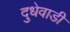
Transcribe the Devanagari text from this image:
दुधेवाडी